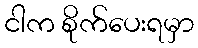
ငါက စိုက်ပေးရမှာ